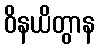
ဝိနယိတွာန